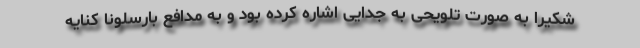
شکیرا به صورت تلویحی به جدایی اشاره کرده بود و به مدافع بارسلونا کنایه